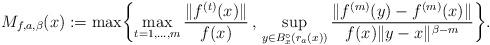
LaTeX: \begin{align*}M_{f,a,\beta}(x) := \max \biggl\{ \max_{t=1,\ldots, m} \frac{\|f^{(t)}(x)\|}{f(x)} \, , \, \sup_{y \in B_x^\circ(r_a(x))} \frac{\|f^{(m)}(y)-f^{(m)}(x)\|}{f(x) \|y-x\|^{\beta- m}} \biggr\}.\end{align*}